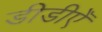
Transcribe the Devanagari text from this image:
डीडीएँ